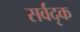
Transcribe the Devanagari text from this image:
सर्वदृक